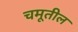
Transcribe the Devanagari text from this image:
चमूतील